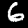
Label: 6